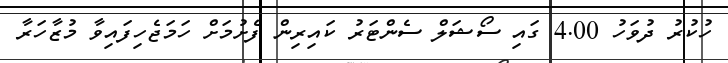
ހުކުރު ދުވަހު 4.00 ގައި ސޯޝަލް ސެންޓަރު ކައިރިން ފެށުމަށް ހަމަޖެހިފައިވާ މުޒާހަރާ